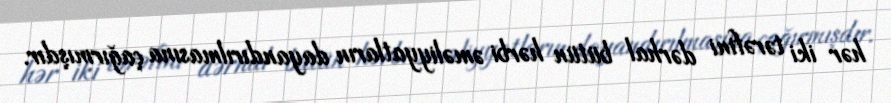
hər iki tərəfini dərhal bütün hərbi əməliyyatların dayandırılmasına çağırmışdır.